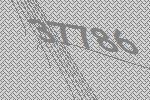
37786